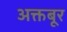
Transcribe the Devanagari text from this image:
अक्तबूर